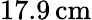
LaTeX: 17.9\, \mathrm{cm}